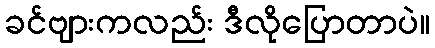
ခင်ဗျားကလည်း ဒီလိုပြောတာပဲ။